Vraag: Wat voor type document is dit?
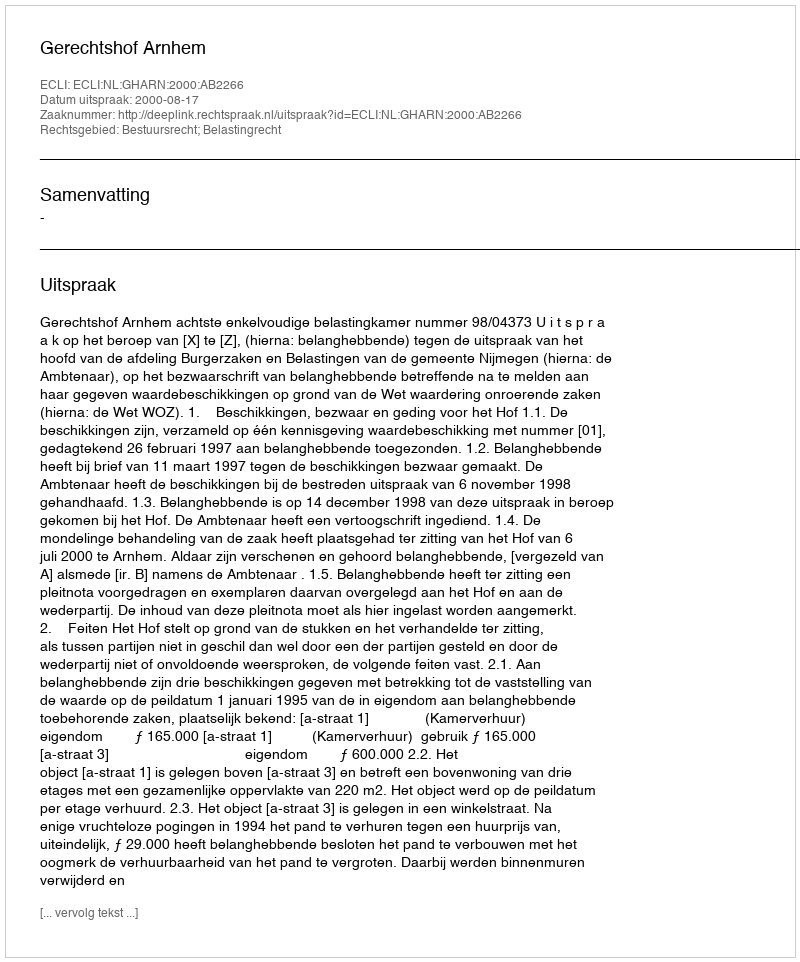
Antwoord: Uitspraak